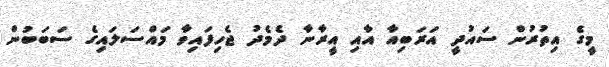
މީގެ އިތުރުން ސައުދީ އަރަބިއާ އާއި އީރާނާ ދެމެދު ޖެހިފައިވާ މައްސަލައިގެ ސަބަބުން